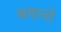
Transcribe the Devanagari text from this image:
बयानो